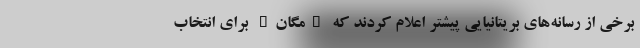
برخی از رسانه‌های بریتانیایی پیشتر اعلام کردند که "مگان" برای انتخاب